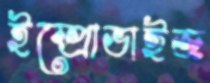
ইম্প্রোভাইজ